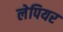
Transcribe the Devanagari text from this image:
लेपियर